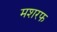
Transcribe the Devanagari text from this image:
मशरफ